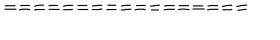
= = = = = = = = = = = = = = = = =